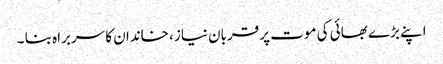
اپنے بڑے بھائی کی موت پر قربان نیاز ،خاندان کا سربراہ بنا ۔